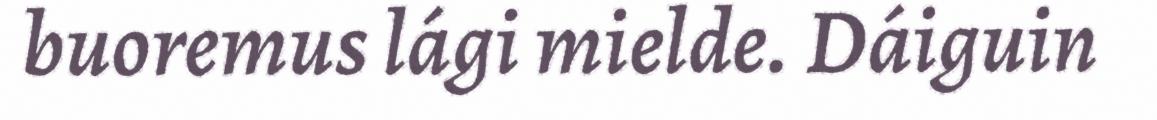
buoremus lági mielde. Dáiguin